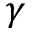
\gamma